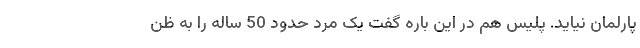
پارلمان نیاید. پلیس هم در این باره گفت یک مرد حدود 50 ساله را به ظن